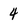
Character: 4